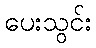
ပေးသွင်း